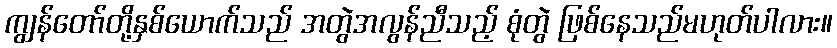
ကျွန်တော်တို့နှစ်ယောက်သည် အတွဲအလွန်ညီသည့် စုံတွဲ ဖြစ်နေသည်မဟုတ်ပါလား။